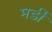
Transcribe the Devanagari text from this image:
मर्डी